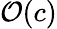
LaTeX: \mathcal{O}(c)